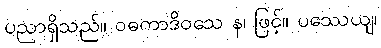
ပညာရှိသည်။ ဝဓကာဒိဝသေ န၊ ဖြင့်။ ပဿေယျ၊